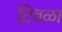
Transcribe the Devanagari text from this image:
टिवळा